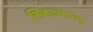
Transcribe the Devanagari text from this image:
सिस्टम्सच्या